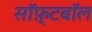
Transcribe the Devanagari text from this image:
सॉफ़्टबॉल